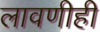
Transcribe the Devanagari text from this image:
लावणीही